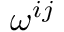
\omega ^ { i j }